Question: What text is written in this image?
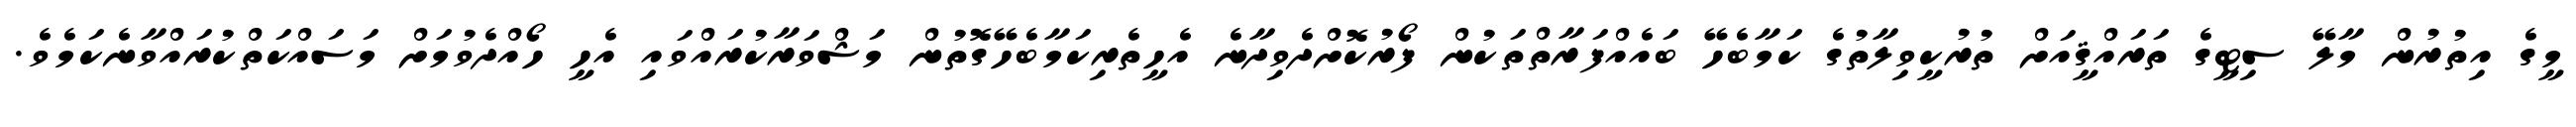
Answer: މީގެ އިތުރުން މާލޭ ސިޓީގެ ތަރައްޤީއަށް ތުރުކީވިލާތުގެ ކަމާބެހޭ ބައެއްފަރާތްތަކުން ފޯރުކޮށްދެވިދާނެ އެހީތެރިކަމާބެހޭގޮތުން މަޝްވަރާކުރައްވައި އެހީ ހޯއްދެވުމަށް މަސައްކަތްކުރައްވާނެކަމެވެ.